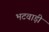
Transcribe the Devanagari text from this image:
भटवाड़ी